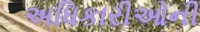
અધિકારીઓની